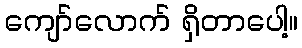
ကျော်လောက် ရှိတာပေါ့။